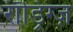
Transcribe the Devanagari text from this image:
रॉड्रिग्ज़